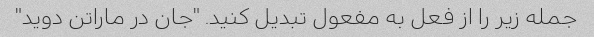
جمله زیر را از فعل به مفعول تبدیل کنید. "جان در ماراتن دوید"